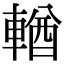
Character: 輶